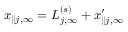
x _ { \parallel j , \infty } = L _ { j , \infty } ^ { ( s ) } + x _ { \parallel j , \infty } ^ { \prime }